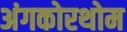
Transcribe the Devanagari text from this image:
अंगकोरथोम